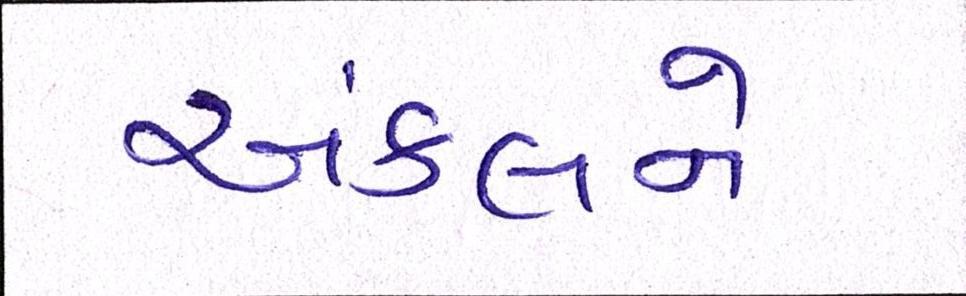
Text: અંકલને